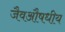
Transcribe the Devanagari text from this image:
जैवऔषधीय